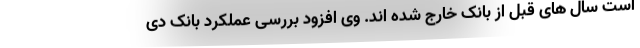
است سال های قبل از بانک خارج شده اند. وی افزود بررسی عملکرد بانک دی